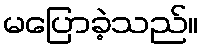
မပြောခဲ့သည်။